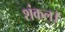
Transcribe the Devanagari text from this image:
शंकल।